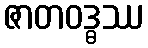
ဇာတဝဒ္ဓဿ